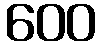
600